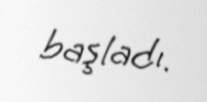
başladı.